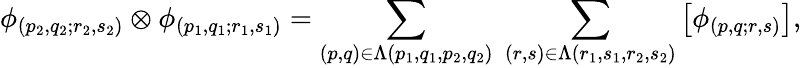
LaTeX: \phi_{(p_{2},q_{2};r_{2},s_{2})}\otimes\phi_{(p_{1},q_{1};r_{1},s_{1})}=\sum_{(p,q)\in\Lambda(p_{1},q_{1},p_{2},q_{2})}\; \sum_{(r,s)\in\Lambda(r_{1},s_{1},r_{2},s_{2})}\left[\phi_{(p,q;r,s)}\right],